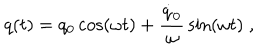
q ( t ) = q _ { 0 } \cos ( \omega t ) + { \frac { \dot { q } _ { 0 } } { \omega } } \sin ( \omega t ) \; ,